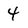
Character: 4